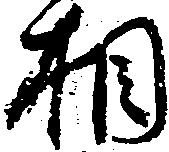
相